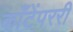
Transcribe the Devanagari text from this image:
काँटेंपररी